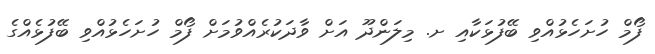
ފޯމް ހުށަހެޅުއްވި ބޭފުޅަކާއި ށ. މިލަންދޫ އަށް ވާދަކުރެއްވުމަށް ފޯމް ހުށަހެޅުއްވި ބޭފުޅެއްގެ